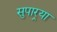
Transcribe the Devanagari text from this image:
सुपार्‍या